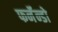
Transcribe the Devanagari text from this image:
फर्नॅन्डो